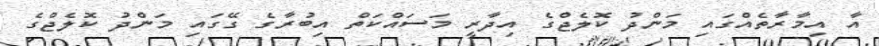
އާ އިމާރާތެއްގައި މަންދު ކޮލެޖްގެ އިދާރީ މަސައްކަތް އިބުރާގެ ގޭގައި މަންދު ކޮލެޖްގެ